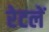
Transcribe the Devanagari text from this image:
रेटलें